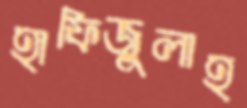
হাফিজুলাহ